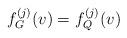
LaTeX: \begin{align*}f^{(j)}_G(v) = f^{(j)}_Q(v)\end{align*}